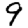
Digit: 9